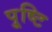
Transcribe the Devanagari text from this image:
पु्ष्टि